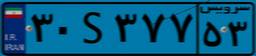
۳۰S۰۵۸۰۰